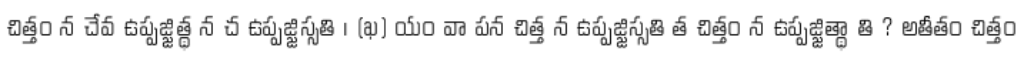
చిత్తం న చేవ ఉప్పజ్జిత్థ న చ ఉప్పజ్జిస్సతి । (ఖ) యం వా పన చిత్త న ఉప్పజ్జిస్సతి త చిత్తం న ఉప్పజ్జిత్థా తి ? అతీతం చిత్తం